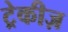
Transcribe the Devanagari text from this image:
ट्रेकीज़